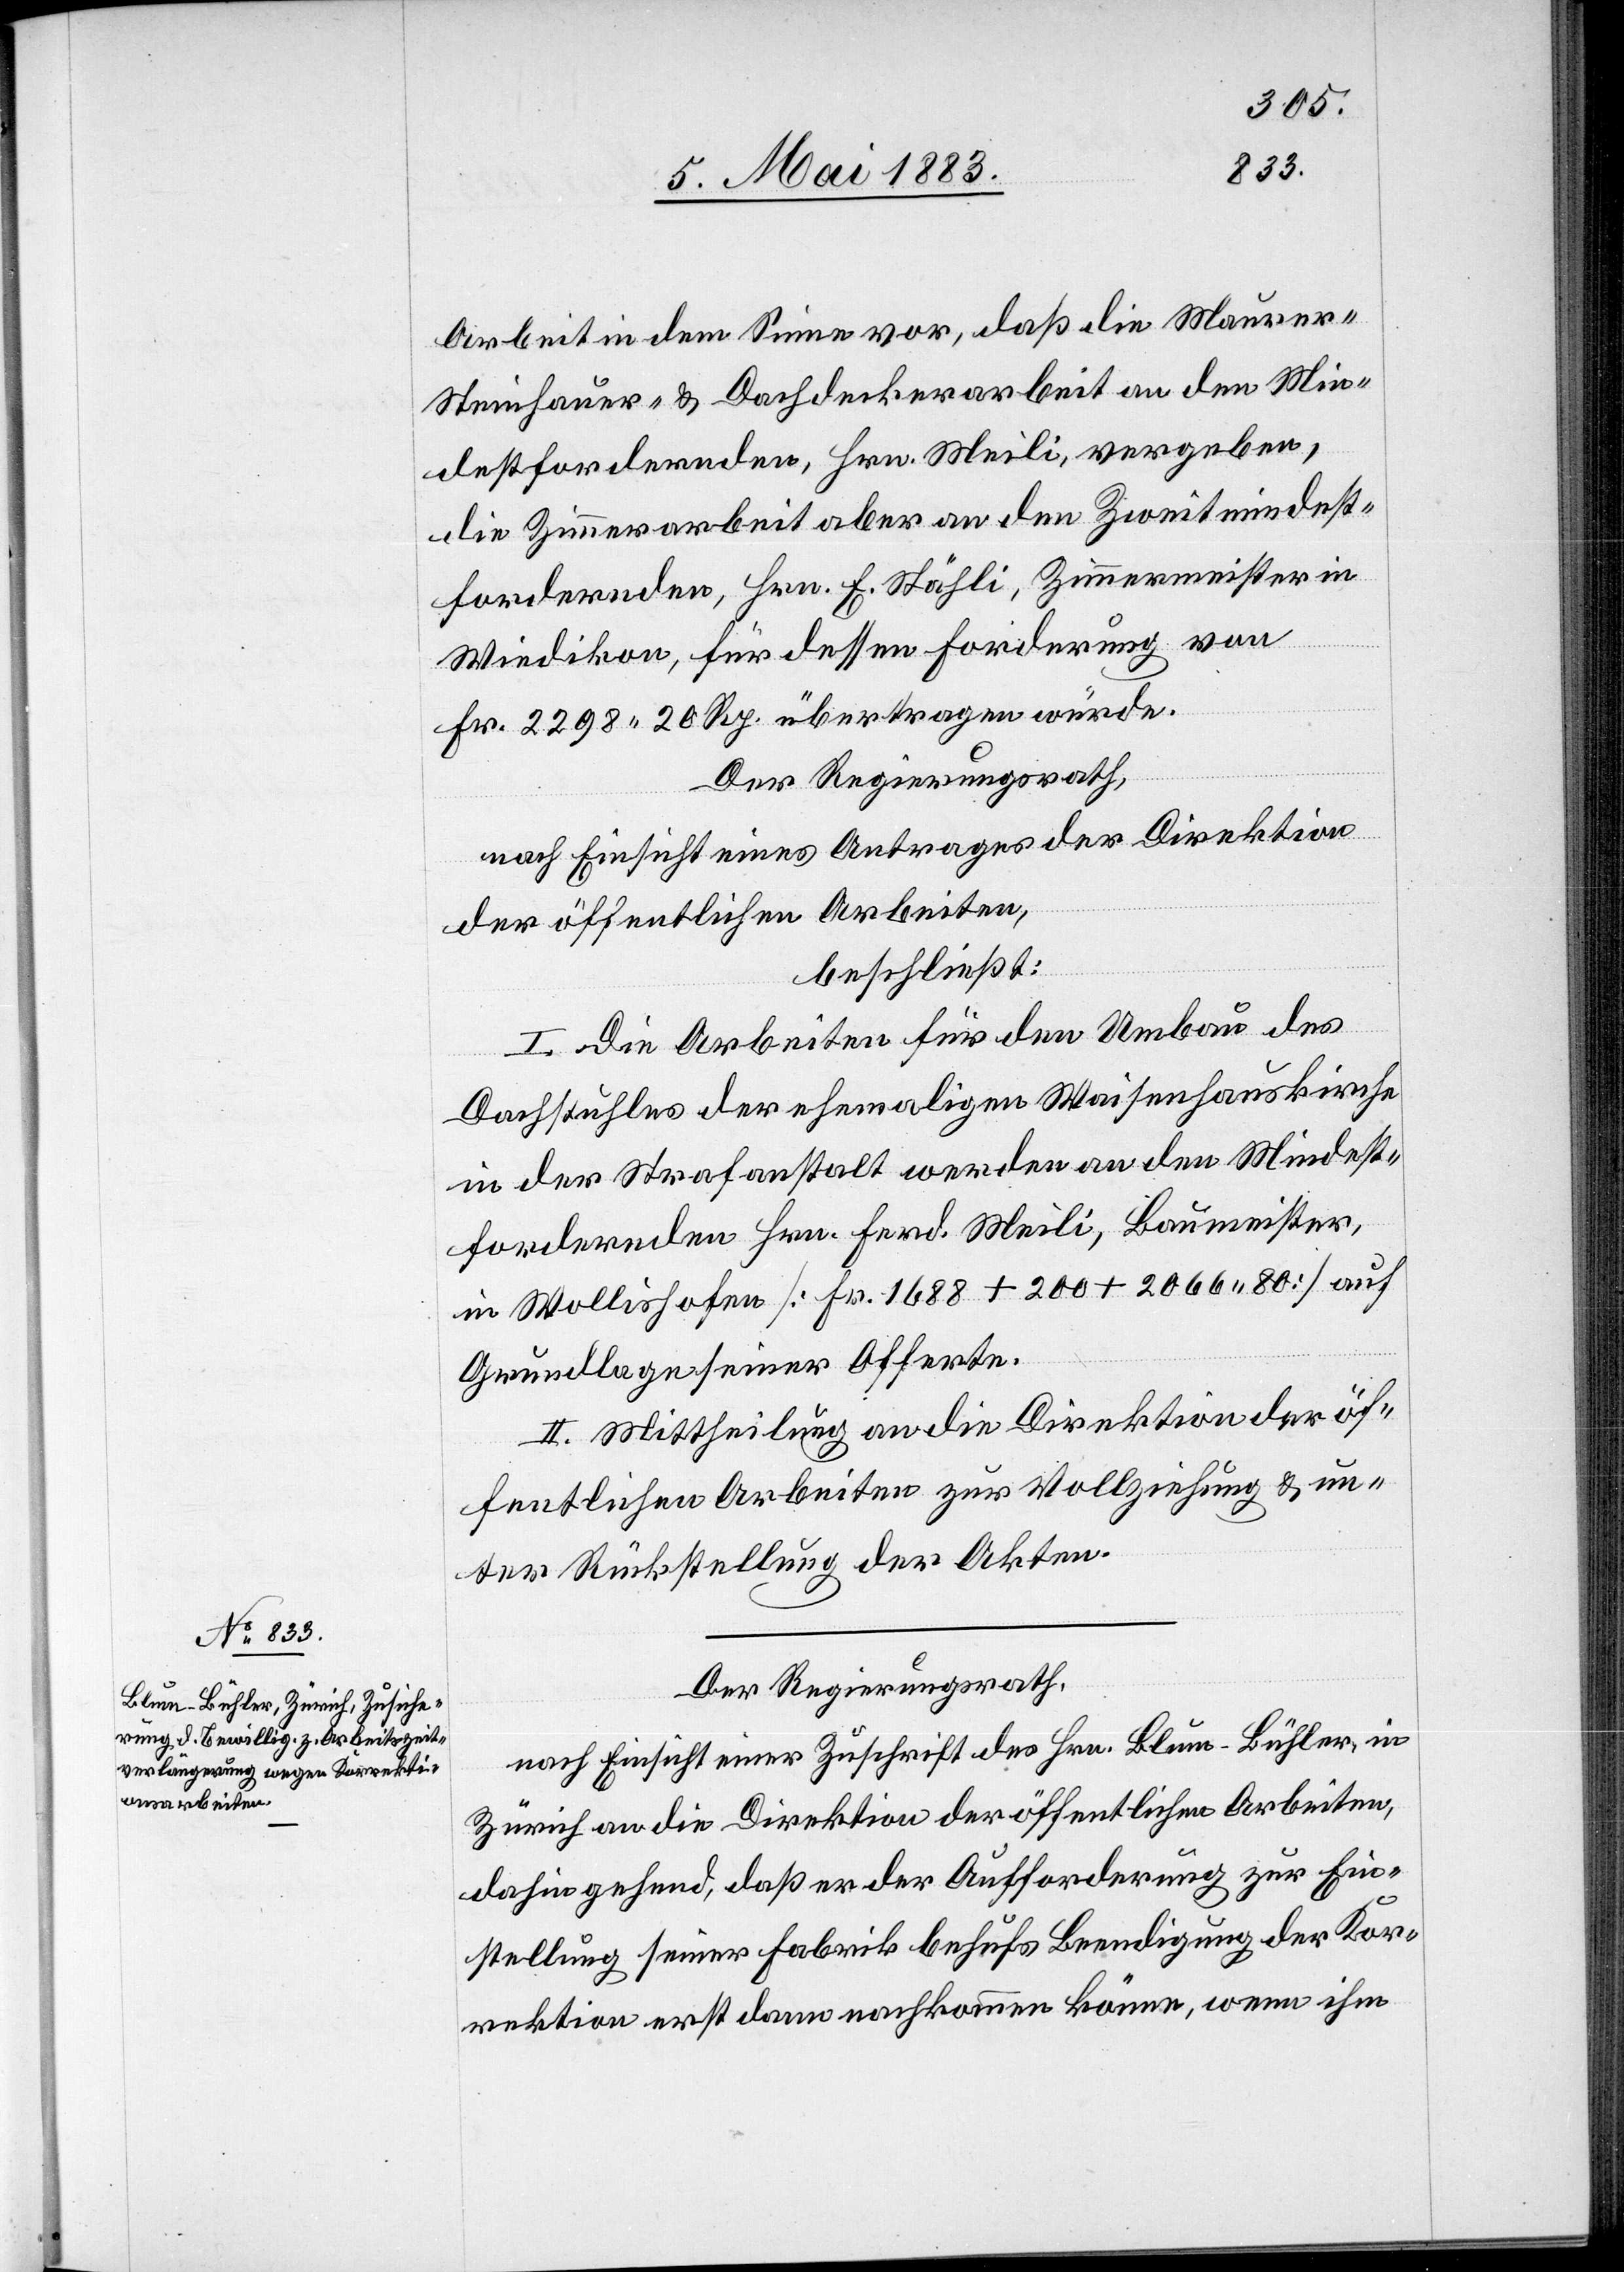
Arbeit in dem Sinne vor, daß die Maurer-[,]
Steinhauer- & Dachdeckerarbeit an den Min¬
destfordernden, Hrn. Meili, vergeben,
die Zimmerarbeit aber an den Zweitmindest¬
fordernden, Hrn. E. Stähli, Zimmermeister in
Wiedikon, für dessen Forderung von
Fr. 2298 20 Rp. übertragen würde.
Der Regierungsrath,
nach Einsicht eines Antrages der Direktion
der öffentlichen Arbeiten,
beschließt:
I. Die Arbeiten für den Umbau des
Dachstuhles der ehemaligen Waisenhauskirche
in der Strafanstalt werden an den Mindest¬
fordernden Hrn. Ferd. Meili, Baumeister,
in Wollishofen [Fr. 1688 + 200 + 2066 80] auf
Grundlage seiner Offerte.
II. Mittheilung an die Direktion der öf¬
fentlichen Arbeiten zur Vollziehung & un¬
ter Rückstellung der Akten.
Der Regierungsrath,
nach Einsicht einer Zuschrift des Hrn. Blum-Bühler, in
Zürich an die Direktion der öffentlichen Arbeiten,
dahin gehend, daß er der Aufforderung zur Ein¬
stellung seiner Fabrik behufs Beendigung der Kor¬
rektion erst dann nachkommen könne, wenn ihm